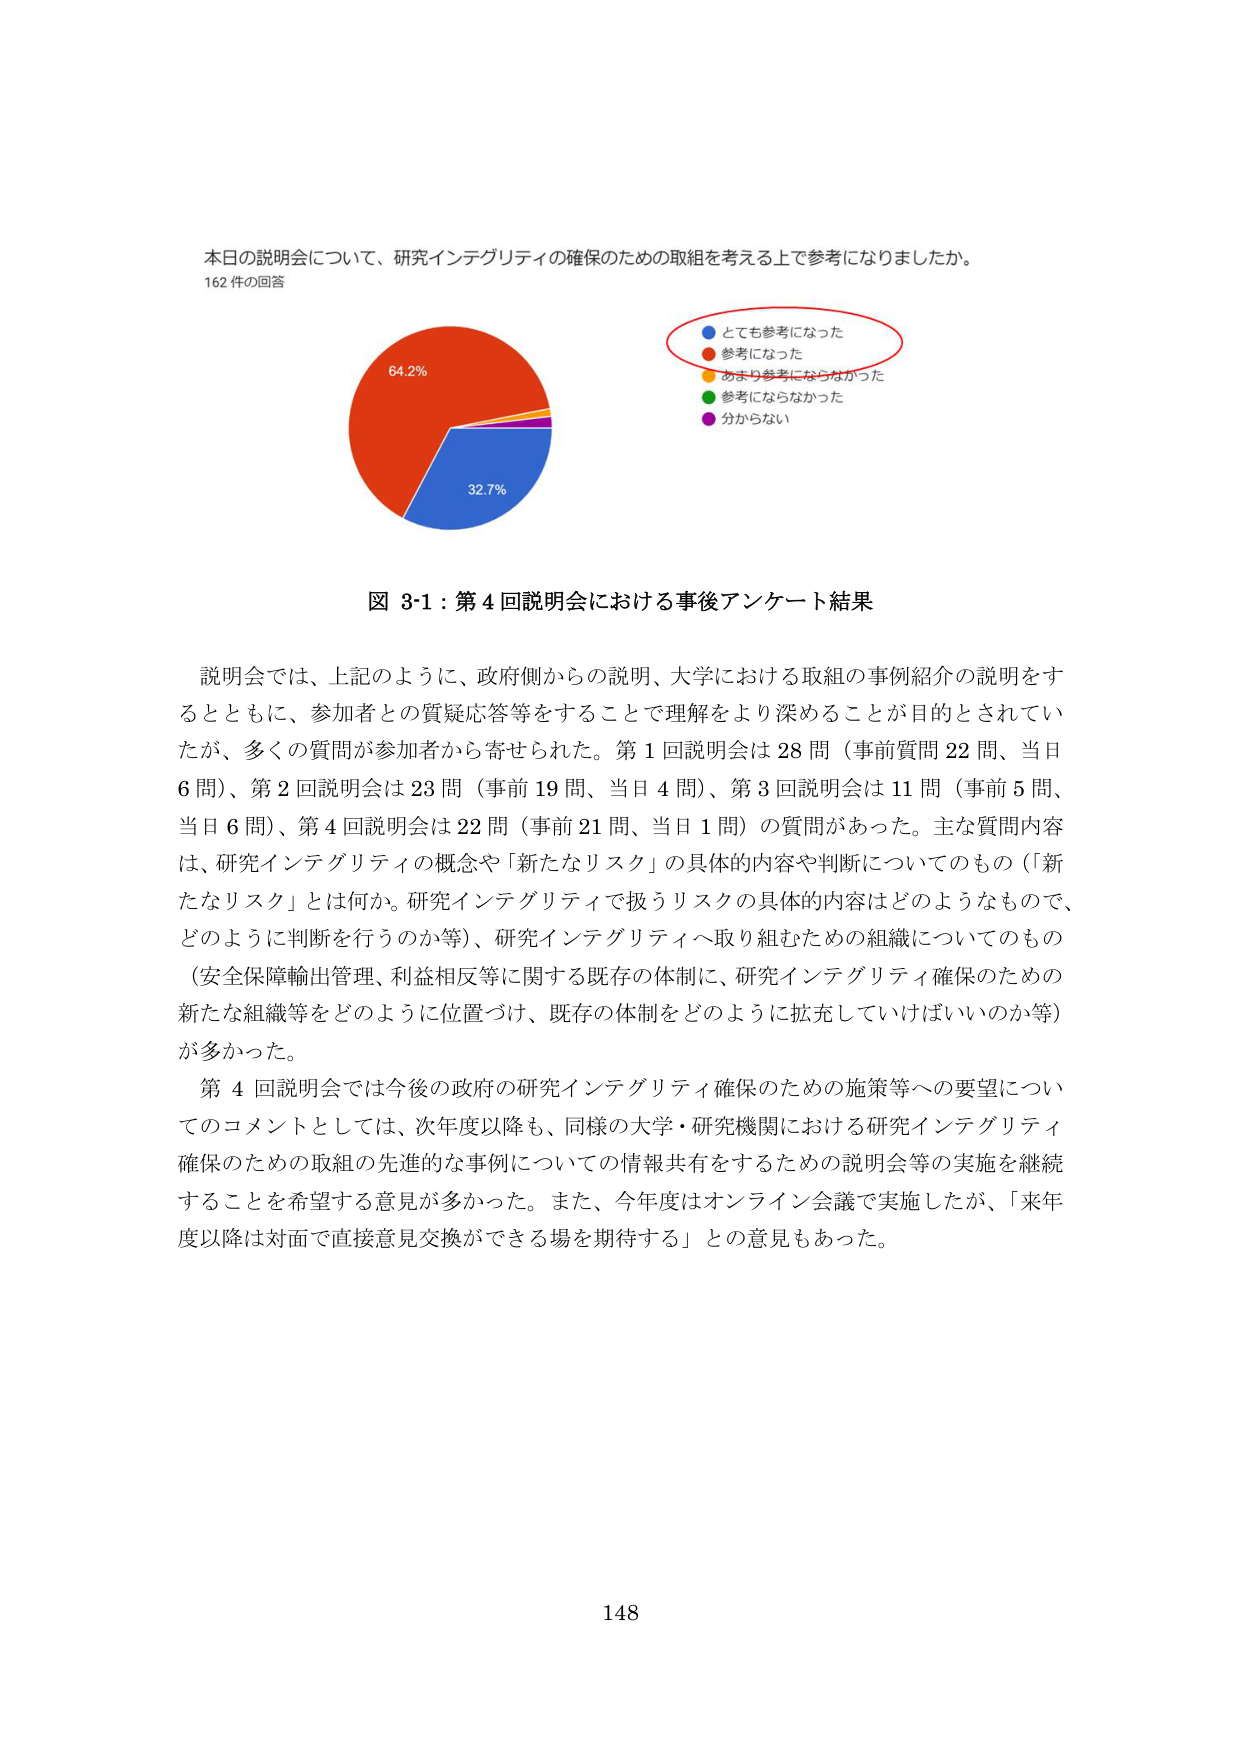
本日の説明会について、研究インテグリティの確保のための取組を考える上で参考になりましたか。
162 件の回答

64.2%
32.7%

● とても参考になった
● 参考になった
● あまり参考にならなかった
● 参考にならなかった
● 分からない

図 3-1：第 4 回説明会における事後アンケート結果

説明会では、上記のように、政府側からの説明、大学における取組の事例紹介の説明をするとともに、参加者との質疑応答等をすることで理解をより深めることを目的としていたが、多くの質問が参加者から寄せられた。第 1 回説明会は 28 問（事前質問 22 問、当日 6 問）、第 2 回説明会は 23 問（事前 19 問、当日 4 問）、第 3 回説明会は 11 問（事前 5 問、当日 6 問）、第 4 回説明会は 22 問（事前 21 問、当日 1 問）の質問があった。主な質問内容は、研究インテグリティの概念や「新たなリスク」の具体的内容や判断についてのもの（「新たなリスク」とは何か。研究インテグリティで扱うリスクの具体的内容はどのようなもので、どのように判断を行うのか等）、研究インテグリティへ取り組むための組織についてのもの（安全保障輸出管理、利益相反等に関する既存の体制に、研究インテグリティ確保のための新たな組織等をどのように位置づけ、既存の体制をどのように拡充していけばいいのか等）が多かった。

第 4 回説明会では今後の政府の研究インテグリティ確保のための施策等への要望についてのコメントとしては、次年度以降も、同様の大学・研究機関における研究インテグリティ確保のための取組の先進的な事例についての情報共有をするための説明会等の実施を継続することを希望する意見が多かった。また、今年度はオンライン会議で実施したが、「来年度以降は対面で直接意見交換ができる場を期待する」との意見もあった。

148